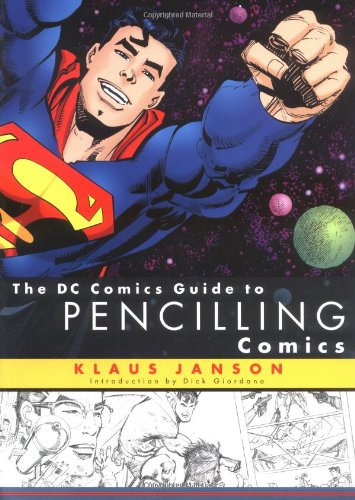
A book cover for The DC Comics Guide to Pencilling Comics; Klaus Janson; Arts & Photography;